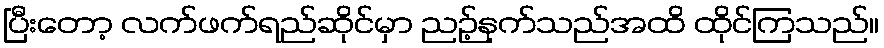
ပြီးတော့ လက်ဖက်ရည်ဆိုင်မှာ ညဉ့်နက်သည်အထိ ထိုင်ကြသည်။